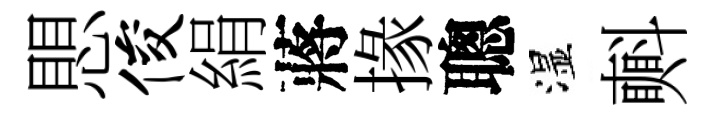
愳俊絹蔣掾聰湿㪺